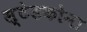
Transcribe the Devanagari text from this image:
स्टेडकोना